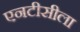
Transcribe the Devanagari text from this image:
एनटीसीला